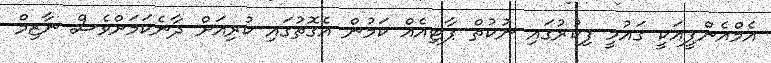
އެމްއެންޕީއަކީ ގައުމީ ފިކުރުގައި ނުކުތް ޕާޓިއެއް ކަމުން އެގޮތުގައި ކުރިއަށް ދާނެކަމަށްވެސް ނާޒިމް